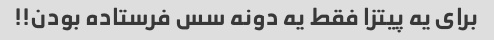
برای یه پیتزا فقط یه دونه سس فرستاده بودن!!